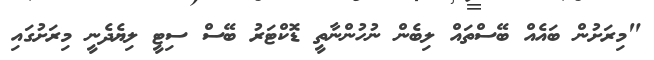
"މިރަށުން ބައެއް ބޭސްތައް ލިބެން ނުހުންނާތީ ޑޮކްޓަރު ބޭސް ސިޓީ ލިޔެދެނީ މިރަށުގައި